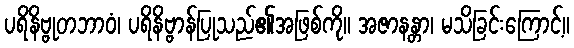
ပရိနိဗ္ဗုတဘာဝံ၊ ပရိနိဗ္ဗာန်ပြုသည်၏အဖြစ်ကို။ အဇာနန္တာ၊ မသိခြင်းကြောင့်။